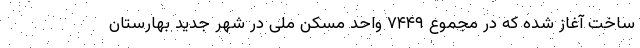
ساخت آغاز شده که در مجموع ۷۴۴۹ واحد مسکن ملی در شهر جدید بهارستان